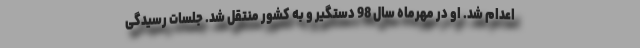
اعدام شد. او در مهرماه سال 98 دستگیر و به کشور منتقل شد. جلسات رسیدگی